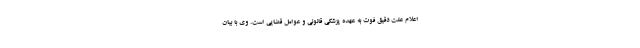
اعلام علت دقیق فوت به عهده پزشکی قانونی و عوامل قضایی است. وی با بیان